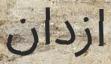
ازدان